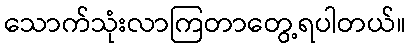
သောက်သုံးလာကြတာတွေ့ရပါတယ်။